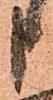
申